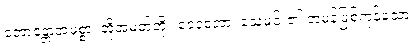
ဘောန္တောအမစ္စာ၊ အိုအမတ်တို့။ ဒေဝဒူတာ၊ သေမင်း၏ တမန်ဖြစ်ကုန်သော။